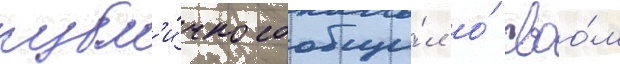
публ'и́чно сообщи́л о́ своо́м